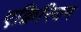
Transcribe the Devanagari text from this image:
एक्विरियम